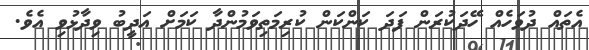
އެތައް ދުވަހެއް ހޭދަކުރަން ފަދަ ކަންކަން ކުރިމަތިވަމުންދާ ކަމަށް އަދީބު ވިދާޅުވި އެވެ.